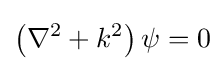
\left(\nabla ^{2}+k^{2}\right)\psi =0